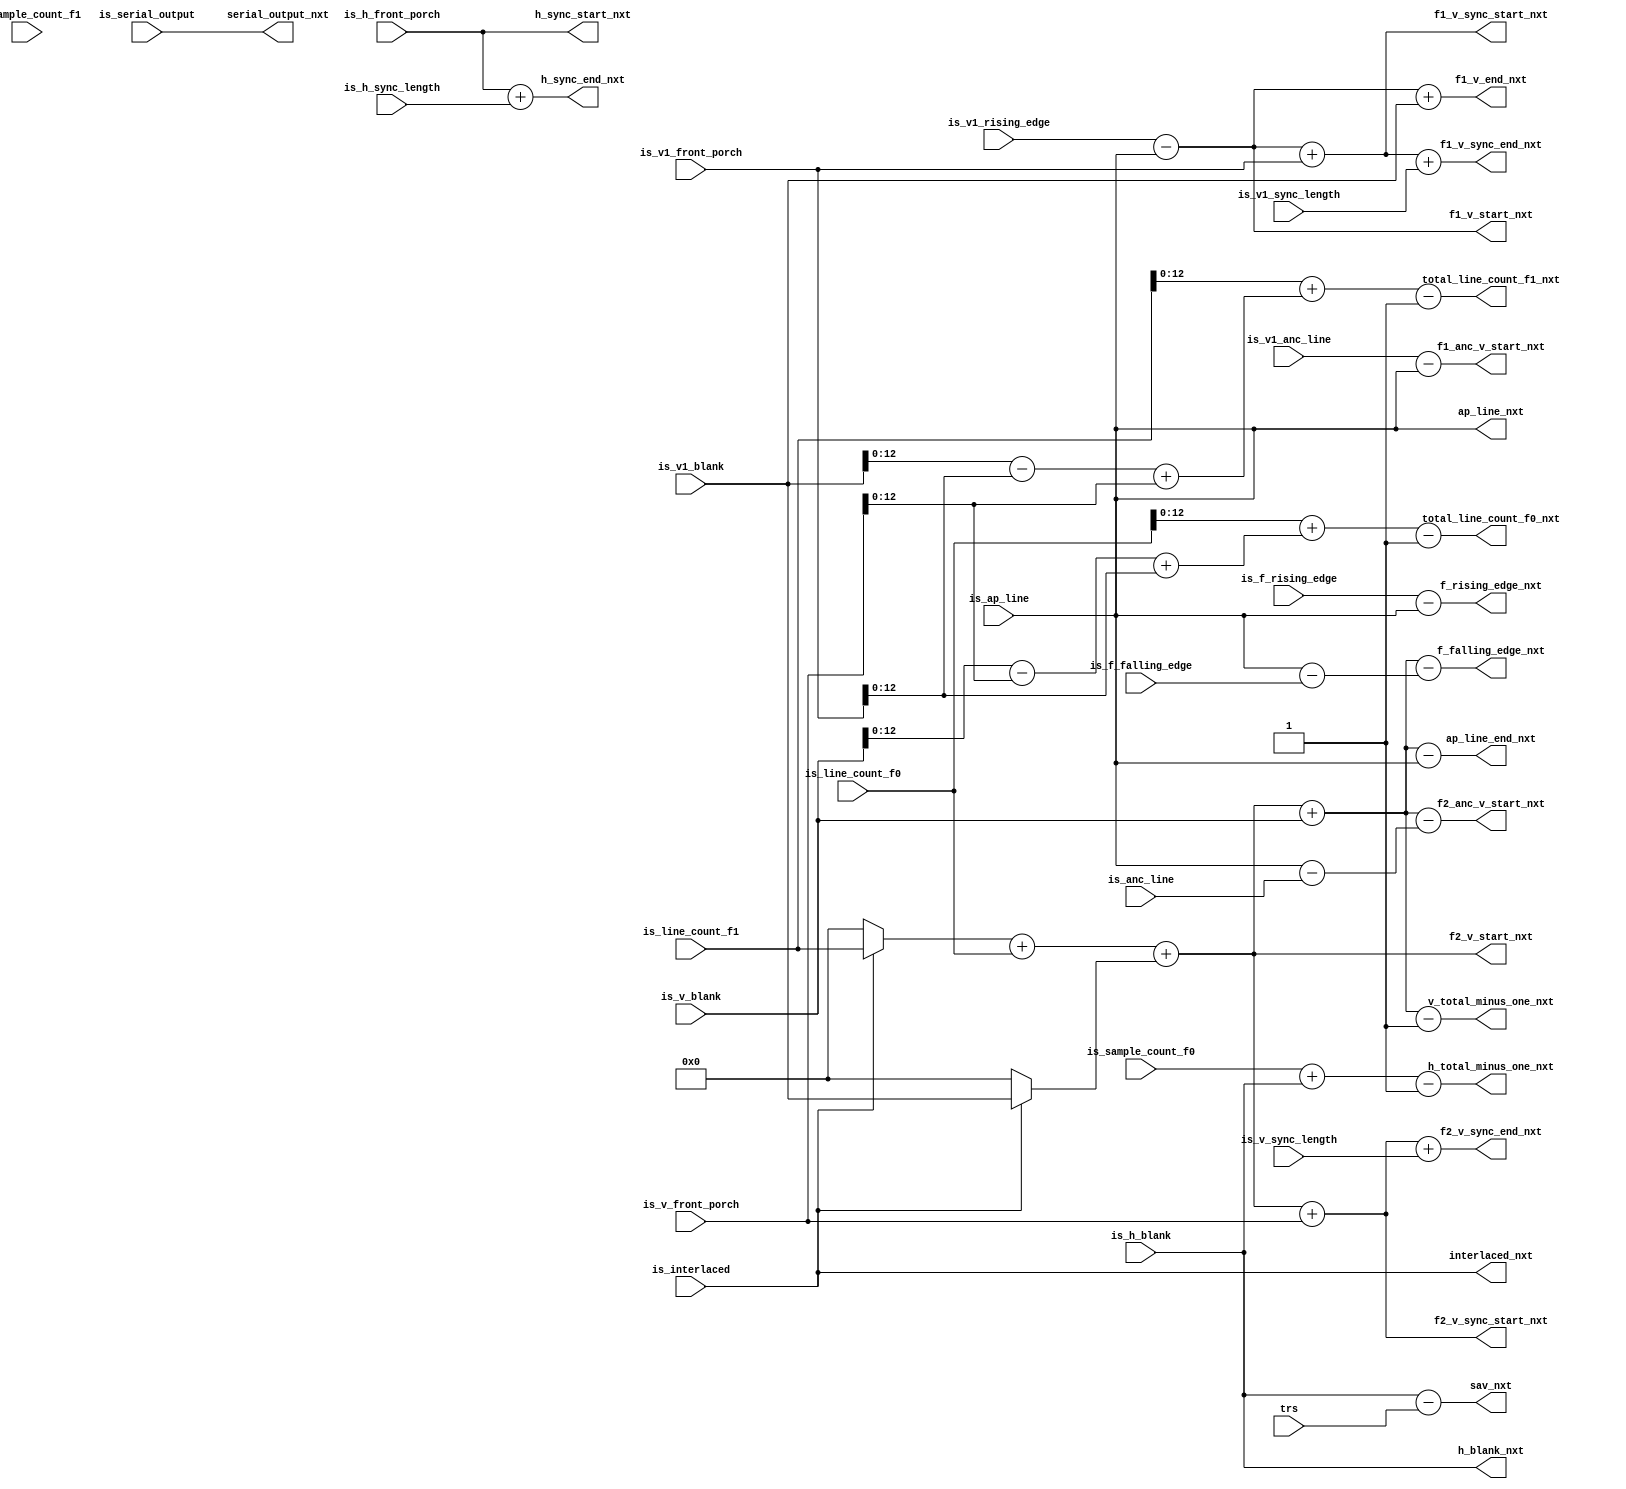
module alt_vipitc131_IS2Vid_calculate_mode(
    input [3:0] trs,
    input is_interlaced,
    input is_serial_output,
    input [15:0] is_sample_count_f0,
    input [15:0] is_line_count_f0,
    input [15:0] is_sample_count_f1,
    input [15:0] is_line_count_f1,
    input [15:0] is_h_front_porch,
    input [15:0] is_h_sync_length,
    input [15:0] is_h_blank,
    input [15:0] is_v_front_porch,
    input [15:0] is_v_sync_length,
    input [15:0] is_v_blank,
    input [15:0] is_v1_front_porch,
    input [15:0] is_v1_sync_length,
    input [15:0] is_v1_blank,
    input [15:0] is_ap_line,
    input [15:0] is_v1_rising_edge,
    input [15:0] is_f_rising_edge,
    input [15:0] is_f_falling_edge,
    input [15:0] is_anc_line,
    input [15:0] is_v1_anc_line,
    output interlaced_nxt,
    output serial_output_nxt,
    output [15:0] h_total_minus_one_nxt,
    output [15:0] v_total_minus_one_nxt,
    output [15:0] ap_line_nxt,
    output [15:0] ap_line_end_nxt,
    output [15:0] h_blank_nxt,
    output [15:0] sav_nxt,
    output [15:0] h_sync_start_nxt,
    output [15:0] h_sync_end_nxt,
    output [15:0] f2_v_start_nxt,
    output [15:0] f1_v_start_nxt,
    output [15:0] f1_v_end_nxt,
    output [15:0] f2_v_sync_start_nxt,
    output [15:0] f2_v_sync_end_nxt,
    output [15:0] f1_v_sync_start_nxt,
    output [15:0] f1_v_sync_end_nxt,
    output [15:0] f_rising_edge_nxt,
    output [15:0] f_falling_edge_nxt,
    output [12:0] total_line_count_f0_nxt,
    output [12:0] total_line_count_f1_nxt,
    output [15:0] f2_anc_v_start_nxt,
    output [15:0] f1_anc_v_start_nxt
);
wire [15:0] v_active_lines;
wire [15:0] v_total;
wire [15:0] v1_rising_edge;
wire [15:0] v2_rising_edge;
wire [15:0] f1_v_sync;
wire [15:0] f2_v_sync;
wire [15:0] total_line_count_f0_nxt_full;
wire [15:0] total_line_count_f1_nxt_full;
assign v_active_lines = (is_interlaced ? is_line_count_f1 : 16'd0) + is_line_count_f0;
assign v_total = v_active_lines + (is_interlaced ? is_v1_blank : 16'd0) + is_v_blank;
assign v1_rising_edge = is_v1_rising_edge - is_ap_line;
assign v2_rising_edge = v_active_lines + (is_interlaced ? is_v1_blank : 16'd0);
assign f1_v_sync = v1_rising_edge + is_v1_front_porch;
assign f2_v_sync = v2_rising_edge + is_v_front_porch;
assign interlaced_nxt = is_interlaced;
assign serial_output_nxt = is_serial_output;
assign h_total_minus_one_nxt = is_sample_count_f0 + is_h_blank - 16'd1;
assign v_total_minus_one_nxt = v_total - 16'd1;
assign ap_line_nxt = is_ap_line;
assign ap_line_end_nxt = v_total - is_ap_line;
assign h_blank_nxt = is_h_blank;
assign sav_nxt = is_h_blank - trs;
assign h_sync_start_nxt = is_h_front_porch;
assign h_sync_end_nxt = is_h_front_porch + is_h_sync_length;
assign f2_v_start_nxt = v2_rising_edge;
assign f1_v_start_nxt = v1_rising_edge;
assign f1_v_end_nxt = v1_rising_edge + is_v1_blank;
assign f2_v_sync_start_nxt = f2_v_sync;
assign f2_v_sync_end_nxt = f2_v_sync + is_v_sync_length;
assign f1_v_sync_start_nxt = f1_v_sync;
assign f1_v_sync_end_nxt = f1_v_sync + is_v1_sync_length;
assign f_rising_edge_nxt = is_f_rising_edge - is_ap_line;
assign f_falling_edge_nxt = v_total - (is_ap_line - is_f_falling_edge);
assign total_line_count_f0_nxt_full = is_line_count_f0 + (is_v_blank - is_v_front_porch + is_v1_front_porch) - 16'd1;
assign total_line_count_f1_nxt_full = is_line_count_f1 + (is_v1_blank - is_v1_front_porch + is_v_front_porch) - 16'd1;
assign total_line_count_f0_nxt = total_line_count_f0_nxt_full[12:0];
assign total_line_count_f1_nxt = total_line_count_f1_nxt_full[12:0];
assign f2_anc_v_start_nxt = v_total - (is_ap_line - is_anc_line);
assign f1_anc_v_start_nxt = is_v1_anc_line - is_ap_line;
endmodule